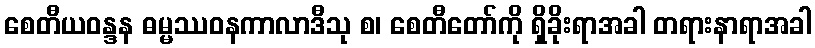
စေတီယဝန္ဒန ဓမ္မဿဝနကာလာဒီသု စ၊ စေတီတော်ကို ရှိခိုးရာအခါ တရားနာရာအခါ